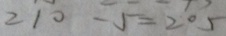
2 1 0 - 5 = 2 0 5